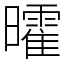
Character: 曤